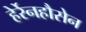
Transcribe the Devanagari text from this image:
हेर्रेनहौसेन